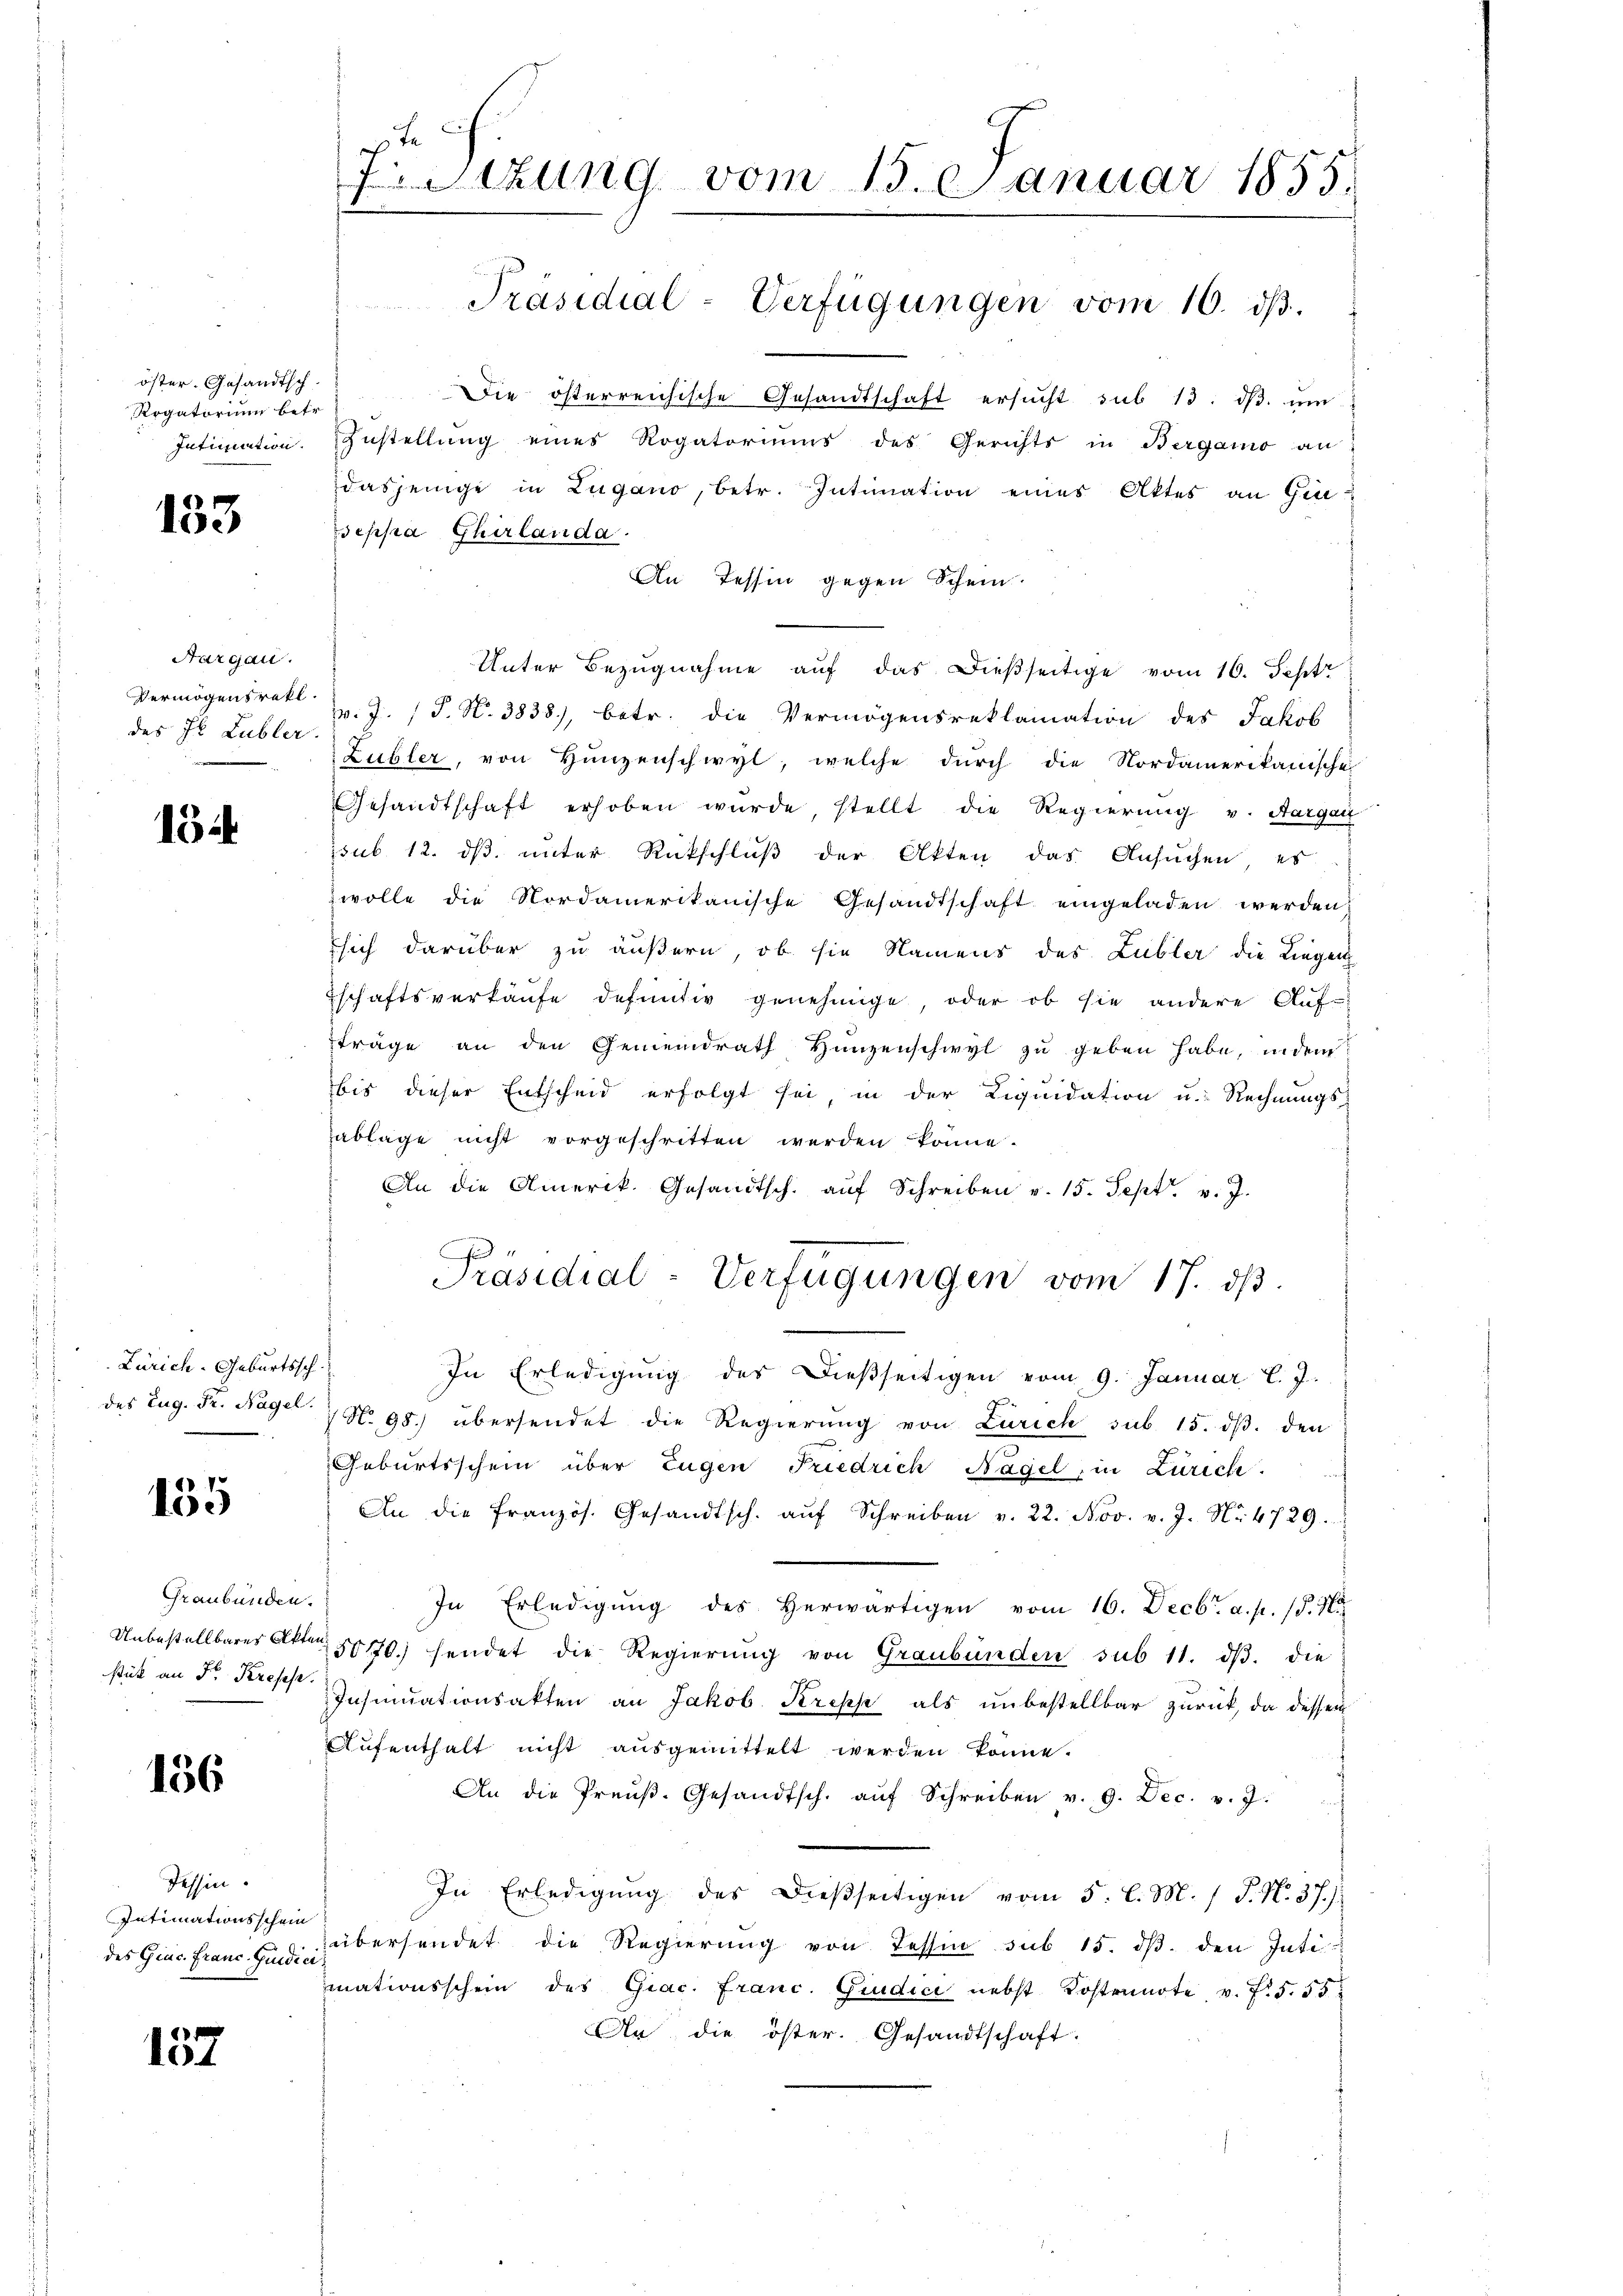
öster- Gesandtsch.
Rogatorium betr.

133

Aargau.
des Jb. Lubler.

134

Zürich-Geburtssch

155

Graubünden.
stät an Fr. Kroses.

156

Fessen.
Intimationsschein

157

te
7Stzung vom 15. Januar 1855.

Die österreichische Gesandtschaft ersŭcht sub 13. dβ. ŭm
Intimation. Zustellŭng eines Rogatoriums des Gerichts in Bergamo an
dasjenige in Lugano, betr. Intimation eines Aktes an Ginseppa Ghirlanda
An Tessin gegen Schein.
Unter Bezugnahme auf das dießseitige vom 16. Septr
Vermögensrat J. J. P. N. 3838), betr. die Vermögensreklamation des Jakob
Zubler, von Hungenschwyl, welche durch die Nordamerikanische
Gesandtschaft erhoben wurde, stellt die Regierung v. Aargau
ssub. 12. ds. unter Rückschluß der Akten das Ansuchen, es
wolle die Nordamerikanische Gesandtschaft eingeladen werden,
sich darüber zu äußern, ob sie Namens des Lubler die Liegen
schaftsverkäufe definitiv genehmige, oder ob sie andere Aufträge an den Gemeindrath Hungenschwyl zu geben habe, indem
bis dieser Entscheid erfolgt sei, in der Liquidation u. Rechnungs-
ablage nicht vorgeschritten werden könne.
An die Amerik. Gesandtsch. aŭf Schreiben v. 15. Sept. v. J.

Präsidial-Verfügungen vom 17. dβ.
In Erledigung des dießseitigen vom 9. Januar l. J.
des Eug. Fr. Nagel 1 No 95. übersendet die Regierung von Zürich sub 15. dβ. den
Geburtsschein über Eugen Friedrich Nagel, in Zürich.
An die französ. Gesandtsch. aŭf Schreiben v. 22. Nov. v. J. Nr. 4729.
In Erledigŭng des herwärtigen vom 16. Decbr. a. p. /. M.
Unbestellbares Atten 500. sendet die Regierŭng von Graubünden sub 11. dβ. die
Insinuationsakten an Jakob Kreppe als unbestellbar zurück, da dessen
Aufenthalt nicht ausgemittelt werden könne.
An die Preŭβ. Gesandtsch. aŭf Schreiben v. 9. Dec. v. J.
In Erledigung des dießseitigen vom 5. l. M. / P. N. 37.)
des Gens francenden übersendet die Regierung von Tessin sub 15. dβ. den Inti
mationsschein des Giac. Franc. Giudici nebst Kostennote v. J. 5. 55
An die öster. Gesandtschaft.

Präsidial-Verfügungen vom 10. ds.